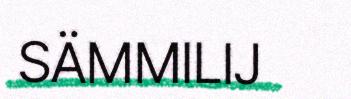
SÄMMILIJ